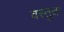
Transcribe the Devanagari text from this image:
वस्तुता